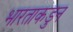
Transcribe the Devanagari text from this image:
भारताकडुन